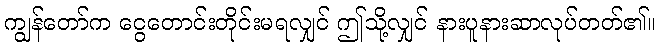
ကျွန်တော်က ငွေတောင်းတိုင်းမရလျှင် ဤသို့လျှင် နားပူနားဆာလုပ်တတ်၏။